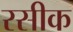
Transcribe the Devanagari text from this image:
रसीक